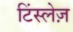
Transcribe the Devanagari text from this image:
टिंस्लेज़